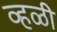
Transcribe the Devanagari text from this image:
व्हळी